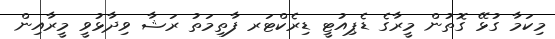
މިކަމާ ގުޅޭ ގޮތުން މީރާގެ ޑެޕިއުޓީ ޑިރެކްޓަރ ފާތިމަތު ރަޝާ ވިދާޅުވީ މީރާއިން